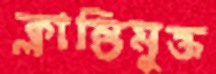
ক্লান্তিমুক্ত